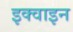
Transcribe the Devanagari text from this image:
इक्वाइन